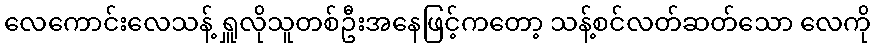
လေကောင်းလေသန့် ရှူလိုသူတစ်ဦးအနေဖြင့်ကတော့ သန့်စင်လတ်ဆတ်သော လေကို